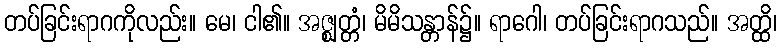
တပ်ခြင်းရာဂကိုလည်း။ မေ၊ ငါ၏။ အဇ္ဈတ္တံ၊ မိမိသန္တာန်၌။ ရာဂေါ၊ တပ်ခြင်းရာဂသည်။ အတ္ထိ၊